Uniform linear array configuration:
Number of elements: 48
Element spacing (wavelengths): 0.5
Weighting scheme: uniform
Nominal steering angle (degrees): -15
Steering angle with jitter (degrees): -14.516
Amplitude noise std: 0.05
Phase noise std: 0.05

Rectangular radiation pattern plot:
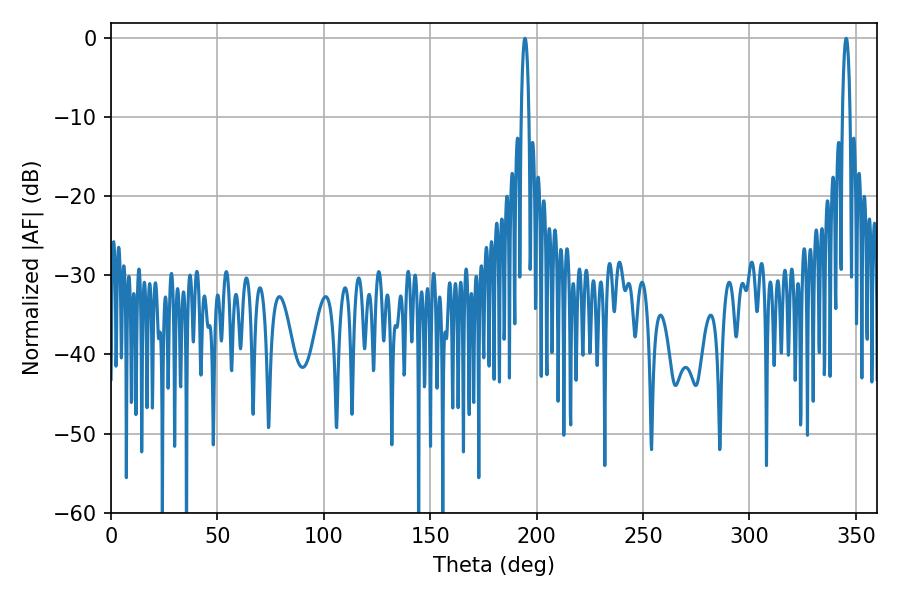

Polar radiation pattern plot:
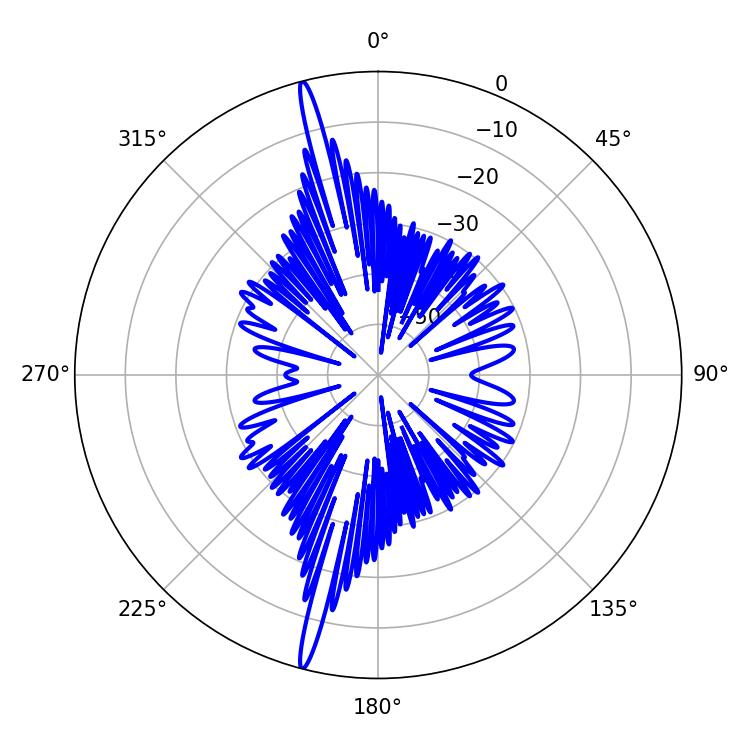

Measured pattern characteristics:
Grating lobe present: FALSE
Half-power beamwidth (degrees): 1.98
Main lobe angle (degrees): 345.42